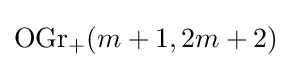
\operatorname {OGr} _{+}(m+1,2m+2)